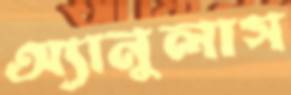
অ্যানুলাস